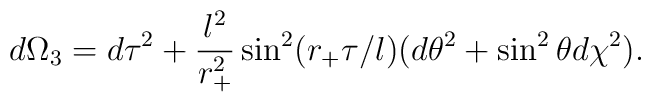
d\Omega_3=d\tau^2 +\frac{l^2}{r_+^2}\sin^2(r_+\tau/l)(d\theta^2+\sin^2\theta d\chi^2).